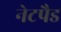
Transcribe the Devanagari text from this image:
नेटपैड